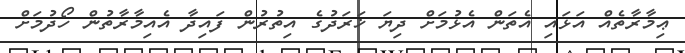
ޢިމާރާތެއް އަޅައި އެތަން އެޅުމަށް ދިޔަ ޚަރަދުގެ އިތުރުން ފައިދާ އެއިމާރާތުން ހޯދުމަށް